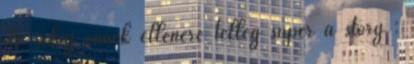
de sebaj ennek ellenére télleg super a story :